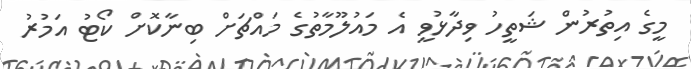
މީގެ އިތުރުން ޝަތީހު ވިދާޅުވީ އެ މައުލޫމާތުގެ މައްޗަށް ބިނާކޮށް ކޯޓު އަމުރު